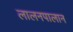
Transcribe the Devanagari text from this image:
लालनपालान